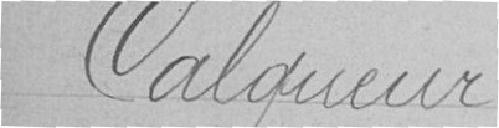
Calqueur